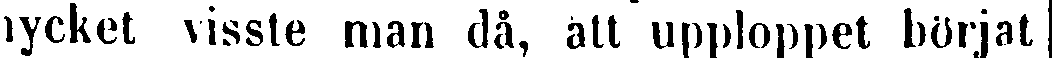
mycket visste man då, att upploppet börjat